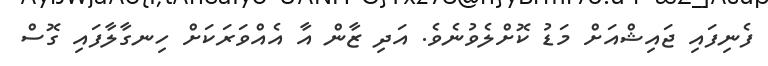
ފެނިފައި ޖައިޝްއަށް މަޑު ކޮށްލެވުނެވެ. އަދި ޒާން އާ އެއްވަރަކަށް ހިނގާލާފައި ގޮސް